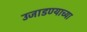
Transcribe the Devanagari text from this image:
उजाडण्याच्या